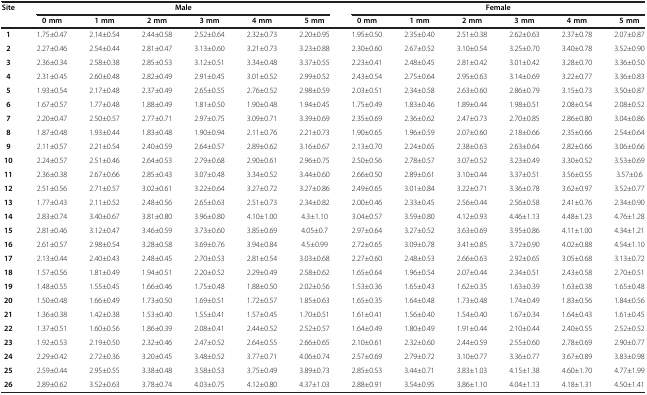
<table><thead><tr><td rowspan="2"><b>Site</b></td><td colspan="6"><b>Male</b></td><td colspan="6"><b>Female</b></td></tr><tr><td><b>0 mm</b></td><td><b>1 mm</b></td><td><b>2 mm</b></td><td><b>3 mm</b></td><td><b>4 mm</b></td><td><b>5 mm</b></td><td><b>0 mm</b></td><td><b>1 mm</b></td><td><b>2 mm</b></td><td><b>3 mm</b></td><td><b>4 mm</b></td><td><b>5 mm</b></td></tr></thead><tbody><tr><td><b>1</b></td><td>1.75±0.47</td><td>2.14±0.54</td><td>2.44±0.58</td><td>2.52±0.64</td><td>2.32±0.73</td><td>2.20±0.95</td><td>1.95±0.50</td><td>2.35±0.40</td><td>2.51±0.38</td><td>2.62±0.63</td><td>2.37±0.78</td><td>2.07±0.87</td></tr><tr><td><b>2</b></td><td>2.27±0.46</td><td>2.54±0.44</td><td>2.81±0.47</td><td>3.13±0.60</td><td>3.21±0.73</td><td>3.23±0.88</td><td>2.30±0.60</td><td>2.67±0.52</td><td>3.10±0.54</td><td>3.25±0.70</td><td>3.40±0.78</td><td>3.52±0.90</td></tr><tr><td><b>3</b></td><td>2.36±0.34</td><td>2.58±0.38</td><td>2.85±0.53</td><td>3.12±0.51</td><td>3.34±0.48</td><td>3.37±0.55</td><td>2.23±0.41</td><td>2.48±0.45</td><td>2.81±0.42</td><td>3.01±0.42</td><td>3.28±0.70</td><td>3.36±0.50</td></tr><tr><td><b>4</b></td><td>2.31±0.45</td><td>2.60±0.48</td><td>2.82±0.49</td><td>2.91±0.45</td><td>3.01±0.52</td><td>2.99±0.52</td><td>2.43±0.54</td><td>2.75±0.64</td><td>2.95±0.63</td><td>3.14±0.69</td><td>3.22±0.77</td><td>3.36±0.83</td></tr><tr><td><b>5</b></td><td>1.93±0.54</td><td>2.17±0.48</td><td>2.37±0.49</td><td>2.65±0.55</td><td>2.76±0.52</td><td>2.98±0.59</td><td>2.03±0.51</td><td>2.34±0.58</td><td>2.63±0.60</td><td>2.86±0.79</td><td>3.15±0.73</td><td>3.50±0.87</td></tr><tr><td><b>6</b></td><td>1.67±0.57</td><td>1.77±0.48</td><td>1.88±0.49</td><td>1.81±0.50</td><td>1.90±0.48</td><td>1.94±0.45</td><td>1.75±0.49</td><td>1.83±0.46</td><td>1.89±0.44</td><td>1.98±0.51</td><td>2.08±0.54</td><td>2.08±0.52</td></tr><tr><td><b>7</b></td><td>2.20±0.47</td><td>2.50±0.57</td><td>2.77±0.71</td><td>2.97±0.75</td><td>3.09±0.71</td><td>3.39±0.69</td><td>2.35±0.69</td><td>2.36±0.62</td><td>2.47±0.73</td><td>2.70±0.85</td><td>2.86±0.80</td><td>3.04±0.86</td></tr><tr><td><b>8</b></td><td>1.87±0.48</td><td>1.93±0.44</td><td>1.83±0.48</td><td>1.90±0.94</td><td>2.11±0.76</td><td>2.21±0.73</td><td>1.90±0.65</td><td>1.96±0.59</td><td>2.07±0.60</td><td>2.18±0.66</td><td>2.35±0.66</td><td>2.54±0.64</td></tr><tr><td><b>9</b></td><td>2.11±0.57</td><td>2.21±0.54</td><td>2.40±0.59</td><td>2.64±0.57</td><td>2.89±0.62</td><td>3.16±0.67</td><td>2.13±0.70</td><td>2.24±0.65</td><td>2.38±0.63</td><td>2.63±0.64</td><td>2.82±0.66</td><td>3.06±0.66</td></tr><tr><td><b>10</b></td><td>2.24±0.57</td><td>2.51±0.46</td><td>2.64±0.53</td><td>2.79±0.68</td><td>2.90±0.61</td><td>2.96±0.75</td><td>2.50±0.56</td><td>2.78±0.57</td><td>3.07±0.52</td><td>3.23±0.49</td><td>3.30±0.52</td><td>3.53±0.69</td></tr><tr><td><b>11</b></td><td>2.36±0.38</td><td>2.67±0.66</td><td>2.85±0.43</td><td>3.07±0.48</td><td>3.34±0.52</td><td>3.44±0.60</td><td>2.66±0.50</td><td>2.89±0.61</td><td>3.10±0.44</td><td>3.37±0.51</td><td>3.56±0.55</td><td>3.57±0.6</td></tr><tr><td><b>12</b></td><td>2.51±0.56</td><td>2.71±0.57</td><td>3.02±0.61</td><td>3.22±0.64</td><td>3.27±0.72</td><td>3.27±0.86</td><td>2.49±0.65</td><td>3.01±0.84</td><td>3.22±0.71</td><td>3.36±0.78</td><td>3.62±0.97</td><td>3.52±0.77</td></tr><tr><td><b>13</b></td><td>1.77±0.43</td><td>2.11±0.52</td><td>2.48±0.56</td><td>2.65±0.63</td><td>2.51±0.73</td><td>2.34±0.82</td><td>2.00±0.46</td><td>2.33±0.45</td><td>2.56±0.44</td><td>2.56±0.58</td><td>2.41±0.76</td><td>2.34±0.90</td></tr><tr><td><b>14</b></td><td>2.83±0.74</td><td>3.40±0.67</td><td>3.81±0.80</td><td>3.96±0.80</td><td>4.10±1.00</td><td>4.3±1.10</td><td>3.04±0.57</td><td>3.59±0.80</td><td>4.12±0.93</td><td>4.46±1.13</td><td>4.48±1.23</td><td>4.76±1.28</td></tr><tr><td><b>15</b></td><td>2.81±0.46</td><td>3.12±0.47</td><td>3.46±0.59</td><td>3.73±0.60</td><td>3.85±0.69</td><td>4.05±0.7</td><td>2.97±0.64</td><td>3.27±0.52</td><td>3.63±0.69</td><td>3.95±0.86</td><td>4.11±1.00</td><td>4.34±1.21</td></tr><tr><td><b>16</b></td><td>2.61±0.57</td><td>2.98±0.54</td><td>3.28±0.58</td><td>3.69±0.76</td><td>3.94±0.84</td><td>4.5±0.99</td><td>2.72±0.65</td><td>3.09±0.78</td><td>3.41±0.85</td><td>3.72±0.90</td><td>4.02±0.88</td><td>4.54±1.10</td></tr><tr><td><b>17</b></td><td>2.13±0.44</td><td>2.40±0.43</td><td>2.48±0.45</td><td>2.70±0.53</td><td>2.81±0.54</td><td>3.03±0.68</td><td>2.27±0.60</td><td>2.48±0.53</td><td>2.66±0.63</td><td>2.92±0.65</td><td>3.05±0.68</td><td>3.13±0.72</td></tr><tr><td><b>18</b></td><td>1.57±0.56</td><td>1.81±0.49</td><td>1.94±0.51</td><td>2.20±0.52</td><td>2.29±0.49</td><td>2.58±0.62</td><td>1.65±0.64</td><td>1.96±0.54</td><td>2.07±0.44</td><td>2.34±0.51</td><td>2.43±0.58</td><td>2.70±0.51</td></tr><tr><td><b>19</b></td><td>1.48±0.55</td><td>1.55±0.45</td><td>1.66±0.46</td><td>1.75±0.48</td><td>1.88±0.50</td><td>2.02±0.56</td><td>1.53±0.36</td><td>1.65±0.43</td><td>1.62±0.35</td><td>1.63±0.39</td><td>1.63±0.38</td><td>1.65±0.48</td></tr><tr><td><b>20</b></td><td>1.50±0.48</td><td>1.66±0.49</td><td>1.73±0.50</td><td>1.69±0.51</td><td>1.72±0.57</td><td>1.85±0.63</td><td>1.65±0.35</td><td>1.64±0.48</td><td>1.73±0.48</td><td>1.74±0.49</td><td>1.83±0.56</td><td>1.84±0.56</td></tr><tr><td><b>21</b></td><td>1.36±0.38</td><td>1.42±0.38</td><td>1.53±0.40</td><td>1.55±0.41</td><td>1.57±0.45</td><td>1.70±0.51</td><td>1.61±0.41</td><td>1.56±0.40</td><td>1.54±0.40</td><td>1.67±0.34</td><td>1.64±0.43</td><td>1.61±0.45</td></tr><tr><td><b>22</b></td><td>1.37±0.51</td><td>1.60±0.56</td><td>1.86±0.39</td><td>2.08±0.41</td><td>2.44±0.52</td><td>2.52±0.57</td><td>1.64±0.49</td><td>1.80±0.49</td><td>1.91±0.44</td><td>2.10±0.44</td><td>2.40±0.55</td><td>2.52±0.52</td></tr><tr><td><b>23</b></td><td>1.92±0.53</td><td>2.19±0.50</td><td>2.32±0.46</td><td>2.47±0.52</td><td>2.64±0.55</td><td>2.66±0.65</td><td>2.10±0.61</td><td>2.32±0.60</td><td>2.44±0.59</td><td>2.55±0.60</td><td>2.78±0.69</td><td>2.90±0.77</td></tr><tr><td><b>24</b></td><td>2.29±0.42</td><td>2.72±0.36</td><td>3.20±0.45</td><td>3.48±0.52</td><td>3.77±0.71</td><td>4.06±0.74</td><td>2.57±0.69</td><td>2.79±0.72</td><td>3.10±0.77</td><td>3.36±0.77</td><td>3.67±0.89</td><td>3.83±0.98</td></tr><tr><td><b>25</b></td><td>2.59±0.44</td><td>2.95±0.55</td><td>3.38±0.48</td><td>3.58±0.53</td><td>3.75±0.49</td><td>3.89±0.73</td><td>2.85±0.53</td><td>3.44±0.71</td><td>3.83±1.03</td><td>4.15±1.38</td><td>4.60±1.70</td><td>4.77±1.99</td></tr><tr><td><b>26</b></td><td>2.89±0.62</td><td>3.52±0.63</td><td>3.78±0.74</td><td>4.03±0.75</td><td>4.12±0.80</td><td>4.37±1.03</td><td>2.88±0.91</td><td>3.54±0.95</td><td>3.86±1.10</td><td>4.04±1.13</td><td>4.18±1.31</td><td>4.50±1.41</td></tr></tbody></table>